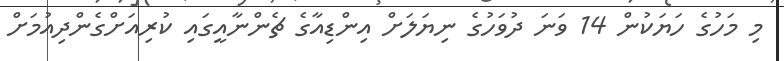
މި މަހުގެ ހަޔަކުން 14 ވަނަ ދުވަހުގެ ނިޔަލަށް އިންޑިއާގެ ޗެންނާއީގައި ކުރިއަށްގެންދިއުމަށް